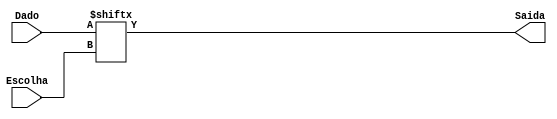
module mux8(
	input [7:0] Dado,
	input [2:0] Escolha,
	output Saida
);
assign Saida = Dado[Escolha];
endmodule